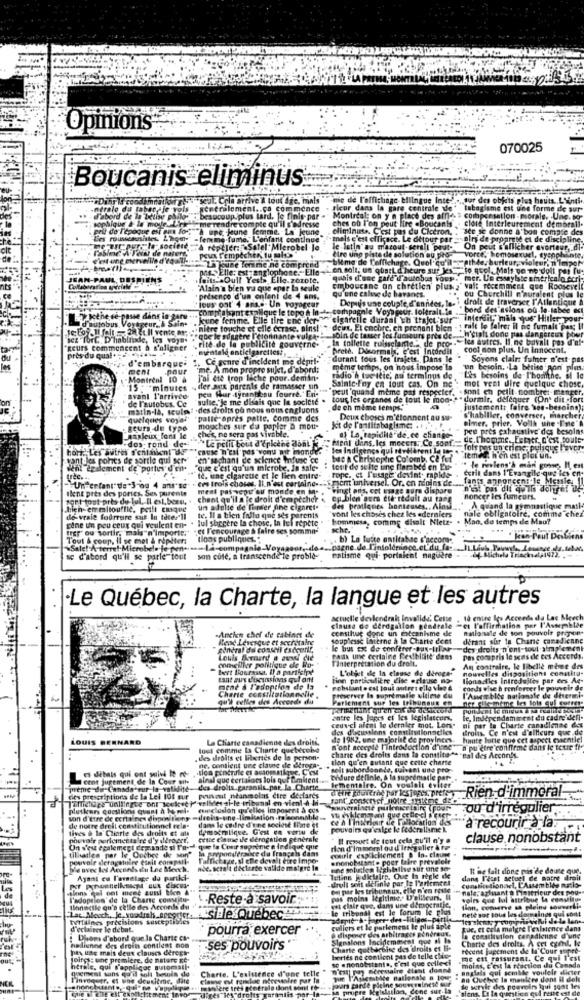
Opinions
070025
Boucanis eliminus
seul. Coin arrive & tou
Ingue
generalement.
Beaucoup plus tard. Is finis
Mont
real: on y n place des afne.
où l'on peut lire .Boucanis
de l'e
me rendre com ple qu'il sie
une Hung
e LA
resse
niste. C'est pas du Cieron,
-fencing.fume, L'enfant contl
c'est efficace. Le detour par
Satel.M
robel J
peux Tempecher, tu mal
"time de l'affichage. Quel'qu'il pth4 ;.
"pas. Elle: est anglophone. Elle - en solt, un quart d'heure sur les_ _ to quel. Malt ve ne do
"pass Elle: est anglopt
La jeune Terme ne comprend
DESPIENS
.- Oult Yests Elle.zozote.
quhis C'est gard d'autobus vous -
mer. L'e essayiste americala ecri
"Alsin's bien va que epar la seule
Emboucane an chretien plusz" valt récemment que Roosevel
qu'une caline de havanes.
'tous oal' 4 anss- Un voyageur
présence d'un enfant de 4 ams.
ou Churchill n'auraient plus le
compratant evalque le topo h In-t- compagnie Voyageur. loltrait.le ...
* bord des asions ou la-labee ec
lujobu
& Sain-
Jeune femme. Elle tire che der "e cigarelle duraal th trajet sur interdit, mais que" Hitler pous
10. 28 gull vente ar;
mitre toniche et elle ecrase, ains!
CH'etali done pas dangereux po
D'habitude, les voya.
que le suggère I cionnante vulg-
In tollette ruisselame." de neo- les autres. Il. ne bavalt pas d'ef-
Join de tasser les fumseurs pres de -....
Reurs commencent à s'aligner
rite de la publicite gouverne-
cuentale enticigarettes ?.
Grete, Disormais, c'est Incdrdll
cool non plus, Un innocent.
près du qual *
d'embarque*
Ce genre d'incident me depit-
durant tous les trajets. Dans le
Int fumer n'est pas
ment
.pour
me. A mon propre sujet, d'abord;
même temps, on nous impose la
un besoin, La betise pon plus.
Montrenl 10 à
J'ai cte trop leche pour.demin-
radio h tac itie, au terminus de
Sainic.Fny en tout cas. On ne : mot veel dire quelque chose.
mot veal
fre quelque chose.
l'homithe. si le
15 * * minutes . der aux parents de ramasser un
15 : * minutes
pesa fuar -tyrantscou fourre."En-
"""peut quand meme pas respecter. - sont en pelli nombre :- manger
de l'autobes. Ce
avant l'arrivée
"sulle"Je me disais que le societe
tous les organes de tout le mon-> " dormir. defequer (On dit fort
matin-la, seulei . des droits où nous nous engluons
de ch meme temps,
justement: faire see-besoins);
quelques voyal'
palle après patte. comme des
Deux choses m'étonnent au su-
Dimer, prier, Vollh the Ine'A
s'habiller, converser, marcher;
. Beurs du type
ches, ne sera pas vivable.
mouches sur du papier a mot-
Jot de l'antitabagisme: .
peut pres exhaustive des besoins
Analeux Bone le
""Le petit bout d'Erkethe dont
Meal dans. les mocers, Ce sont LE,come. LEter, C'est toute
af La, rapidité de, ce change-
hon, Les autres s'entnien! "do
-dos: rond-de-
#cause n'est pas vonu mit monde.
les Indigençs qui révélèrent la ton . -
over
yantdes ponts de sortie qui xt-
en sachant de science infuse ce
ble a Christophe Colomb, Ce fet
temed n'en est plot un.
1 2galement de portes'd en-
"que c'est qu'un mlerobe. In sale-
# tout de suite une flat bed en Eu-
cerin dans 1'Eva
" Je reviens's man gone, Il est
ces trois choses, Il.n'est certaine --.. memt unhensel. Or. en moins de .... fants appopeens le Messie. 11
te, une cigarette et le lien entre-
rope, et l'usage' devint. rapidde-
UnPer tant" de"3-og 4 ans"se"
Ilent pres des porics, Sex parents
ment pas vepir au monde en M.
vingt ans, cot usage aura dispare
aget tout près de lul, Il est. been, . chant qu'il a le droit d'empêcher
oget tout près du lul. Il est. been.
ep bien gers did itdoit au rang
noncer les fumeurs.
chien- emmitouflic, peilt casque
un adulte de finder nine cigaret-
vont les choses chez les ederniers
des pratiques bonteuses .. Alot ...
nale obligatoire, comme chez
A quand la gymnastique mail.
de- vraie fourrure sur In toter"ll
Jul shegere la chose, in lui repete .
te, Il a bien falla que ses parents
hommesa, comme disalt' Nietz-
Mao, da temps de Mau?
Mau?
gène un peu ceux qui veulent en-"
frey' ou sortir, mais"n'importe:" "et l'encourage à faire ses somme-
che
Tout & coup, Il se met & ripeter:
(loos publiques."
. b) La tutte antitabac s'accom.
Jean-Paul Desbiens
«Sale! A-terre! Microbele je pen -...- La-compagnie-Ve
... pagne.de Tintolerince.et'du fa __ ILI
sc d'abord qu'il se parle tout son cole, a transcende le proble-
ralisme qui- portaient naguère
·Le Québec, la Charte, la langue et les autres
actuelle deviendrait Invalide. Cette , 10 entre les Accords du Lac Meech
Invalide, Cetse
10 entre les Accords
de Lae M
constitue done un mécanisme de
clause de derdgallon pendrale -et l'affirmation par l'Assemblée
nalasale de son pouvoir propon-
Read Levesque et secretaire
Ancien chef de cabinet de
souplessc interne à la Charte deet
derant sur la Chane canadienne
gineral du conseil exécurir,
le bus ex de conferer-pun-tila
"des droits n'ont-tout simplement
Louis Asmary a aund die
comeillier politique de Ro-
Tinterpretation du droit.
PASk une certaine Cesiblitt dans
pas compris le sens de ces Accords.
bert Bourassa, il a participe
L'objet dle In elouse de deroga."
nouvelles dispositions constitu-
An contraire, le libelle mime de
tant aux d'ocussions qui ont
finn particulière dise eclause no-
Ilonaalles Introduites par ces Ac-
Charte constitutionnelle .
ment à l'adoption de la
rohslant . cal boul autres ello vino &
conds wise h renforcer le pouvoir de
qu't celles des Accords du
Parlement sur les tribunaux en
preverver Is supremaile ultime du
l'Assemblée nationale de determi-
Der file-meme les lois qui correre
entre les lopes et les legislateurs,
ceux-ci alent le dernier mot. Lon-
le, Indépendamment du cadre defi-
ni par la Charte canadienne de
des dogusalons constitutionnelles
droits. Ce n'est d'ailleurs que de
LOUIS BERNARD
La Charte canadienne des droits,
de 1982. une majorise de provinces
hate lutte que cet aspect essentiel
lout comme La Charte quebécoisa
n'ont accepte l'introduction d'ane"a pu dire confirme dans le texte ft-
. des droits et libertes de la person-
tion qu'en autant que cette charte
chane des droits dans la constitu-te real des Acconly.
es debais qui ont suivi le re
ne. contient une clave de etroca ..
"solt subordonnée, suivant une pro
cent jugement de In Cour ants
alnal que certaines lols que fimitent
bidure de linie, & la suprématie par
preme du Canada sur la validité-des droits.garsoils.par la Charte
Bementaire. On voulol: eviter
Rien d'immoral
des prescriptions de la Lei 108 sur peuvent néanmoins dire derfares
Thetage unilingue ont weekeep welldes ai-le-tribunal en-vient À di-
plusken Gocstions quant à he mel- conclusion qu'elles imposent à cus
ou d'irrégulier.
son d'etre de certaines dispositions -ilreis-une-limitation .raisonnable ..
ce A I interiour de
air de Fellocation d'es
a recourir à la
de notre drell constitu
lives à Is Cliarte des droits et au
enstitutionnel rela-
dans le cadre d'une société I'ate et
democratique. C'est en vertu de
pouvain qu'exige le federalisme k.
pouvoir parlementaire d'y ileroect.
cette cisme de dérogation generale
Il meyouet de tout cela qu'il n'y
clause nonobstant
On s'est egalemegt demande si l'oved que la Cour suprime e indique que
fermaice du français dans
fon d'im mort ou d' Ieneguller & ra
courir exp ichiement @ In. claus
tillhatten par le Ouchee de son"
pouvoir deragstuire esalt compell
Faffichage,si elle devalt eire impe-
.nonobstante pour faire pre
She avec les Accents du Lne Merch.
nie. sctalt decierde vatide maigre in
the pobustien Ightthe sur une
R he falt done mis de douze que.
Ayant eu l'orelage da puriki-
Teting Jdktatry. Que In regle de
droll seit die finie par Te T'ariemen!
dans l'list setuel de matre droit
-sions qui ont mene auni tien a"
On par les trib
n'en route
nale; azimant & Finserieur des nou-
hes de la Charte consitu-
Reste a savoir
pas moins Igl
voirs que bul attribue la convites
Bonneile qu'a celle des Aconnle du
le tribunal est
forum
tion, comerve sa pleins souverli-
nete sur tous les dorsalngs qui sont
"Lat Mouth, je.soadres_apporter. . Sible Quebecs
tortlines précisions susceptibles
d'eclaiver le debat.
pourra exercer
culiers et le pat
PER Fonera
tue, et ccla maigre l'existence dans
1Dhoes d'abord que la Charte ca-
disposer des af
Ignalons loc
la constlistlon canadienne d'une
Charte des droits. A cet comnl, le
hadiunne des droits contient nos
pt\ line mais deux clauses deregt
ses pouvoirs
Charte quther
e des dr
recent jugement de la Cour supe
(Difgs: une première, de nature Ke"
hertes ne contient 241 €
celle-ci
moins, c'est la réaction du
me ett rassurant. Ce qui l'
herale, qui l'applicoc guiomail.
maire el
anglais qui semble voulele
ister
Tinvoquer, et une deuxième, dite
Charte. L'existence d'une telle
clasng est rarche necesanire par la
manière tres generala dont sont to-
drotts
miis par la-
pen pante pick
Ma propre Metalgil
de servir
siens. La la questic
ervir des pos